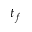
t _ { f }